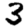
Digit: 3